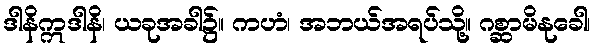
ဒါနိဣဒါနိ၊ ယခုအခါ၌။ ကဟံ၊ အဘယ်အရပ်သို့။ ဂစ္ဆာမိနုခေါ၊